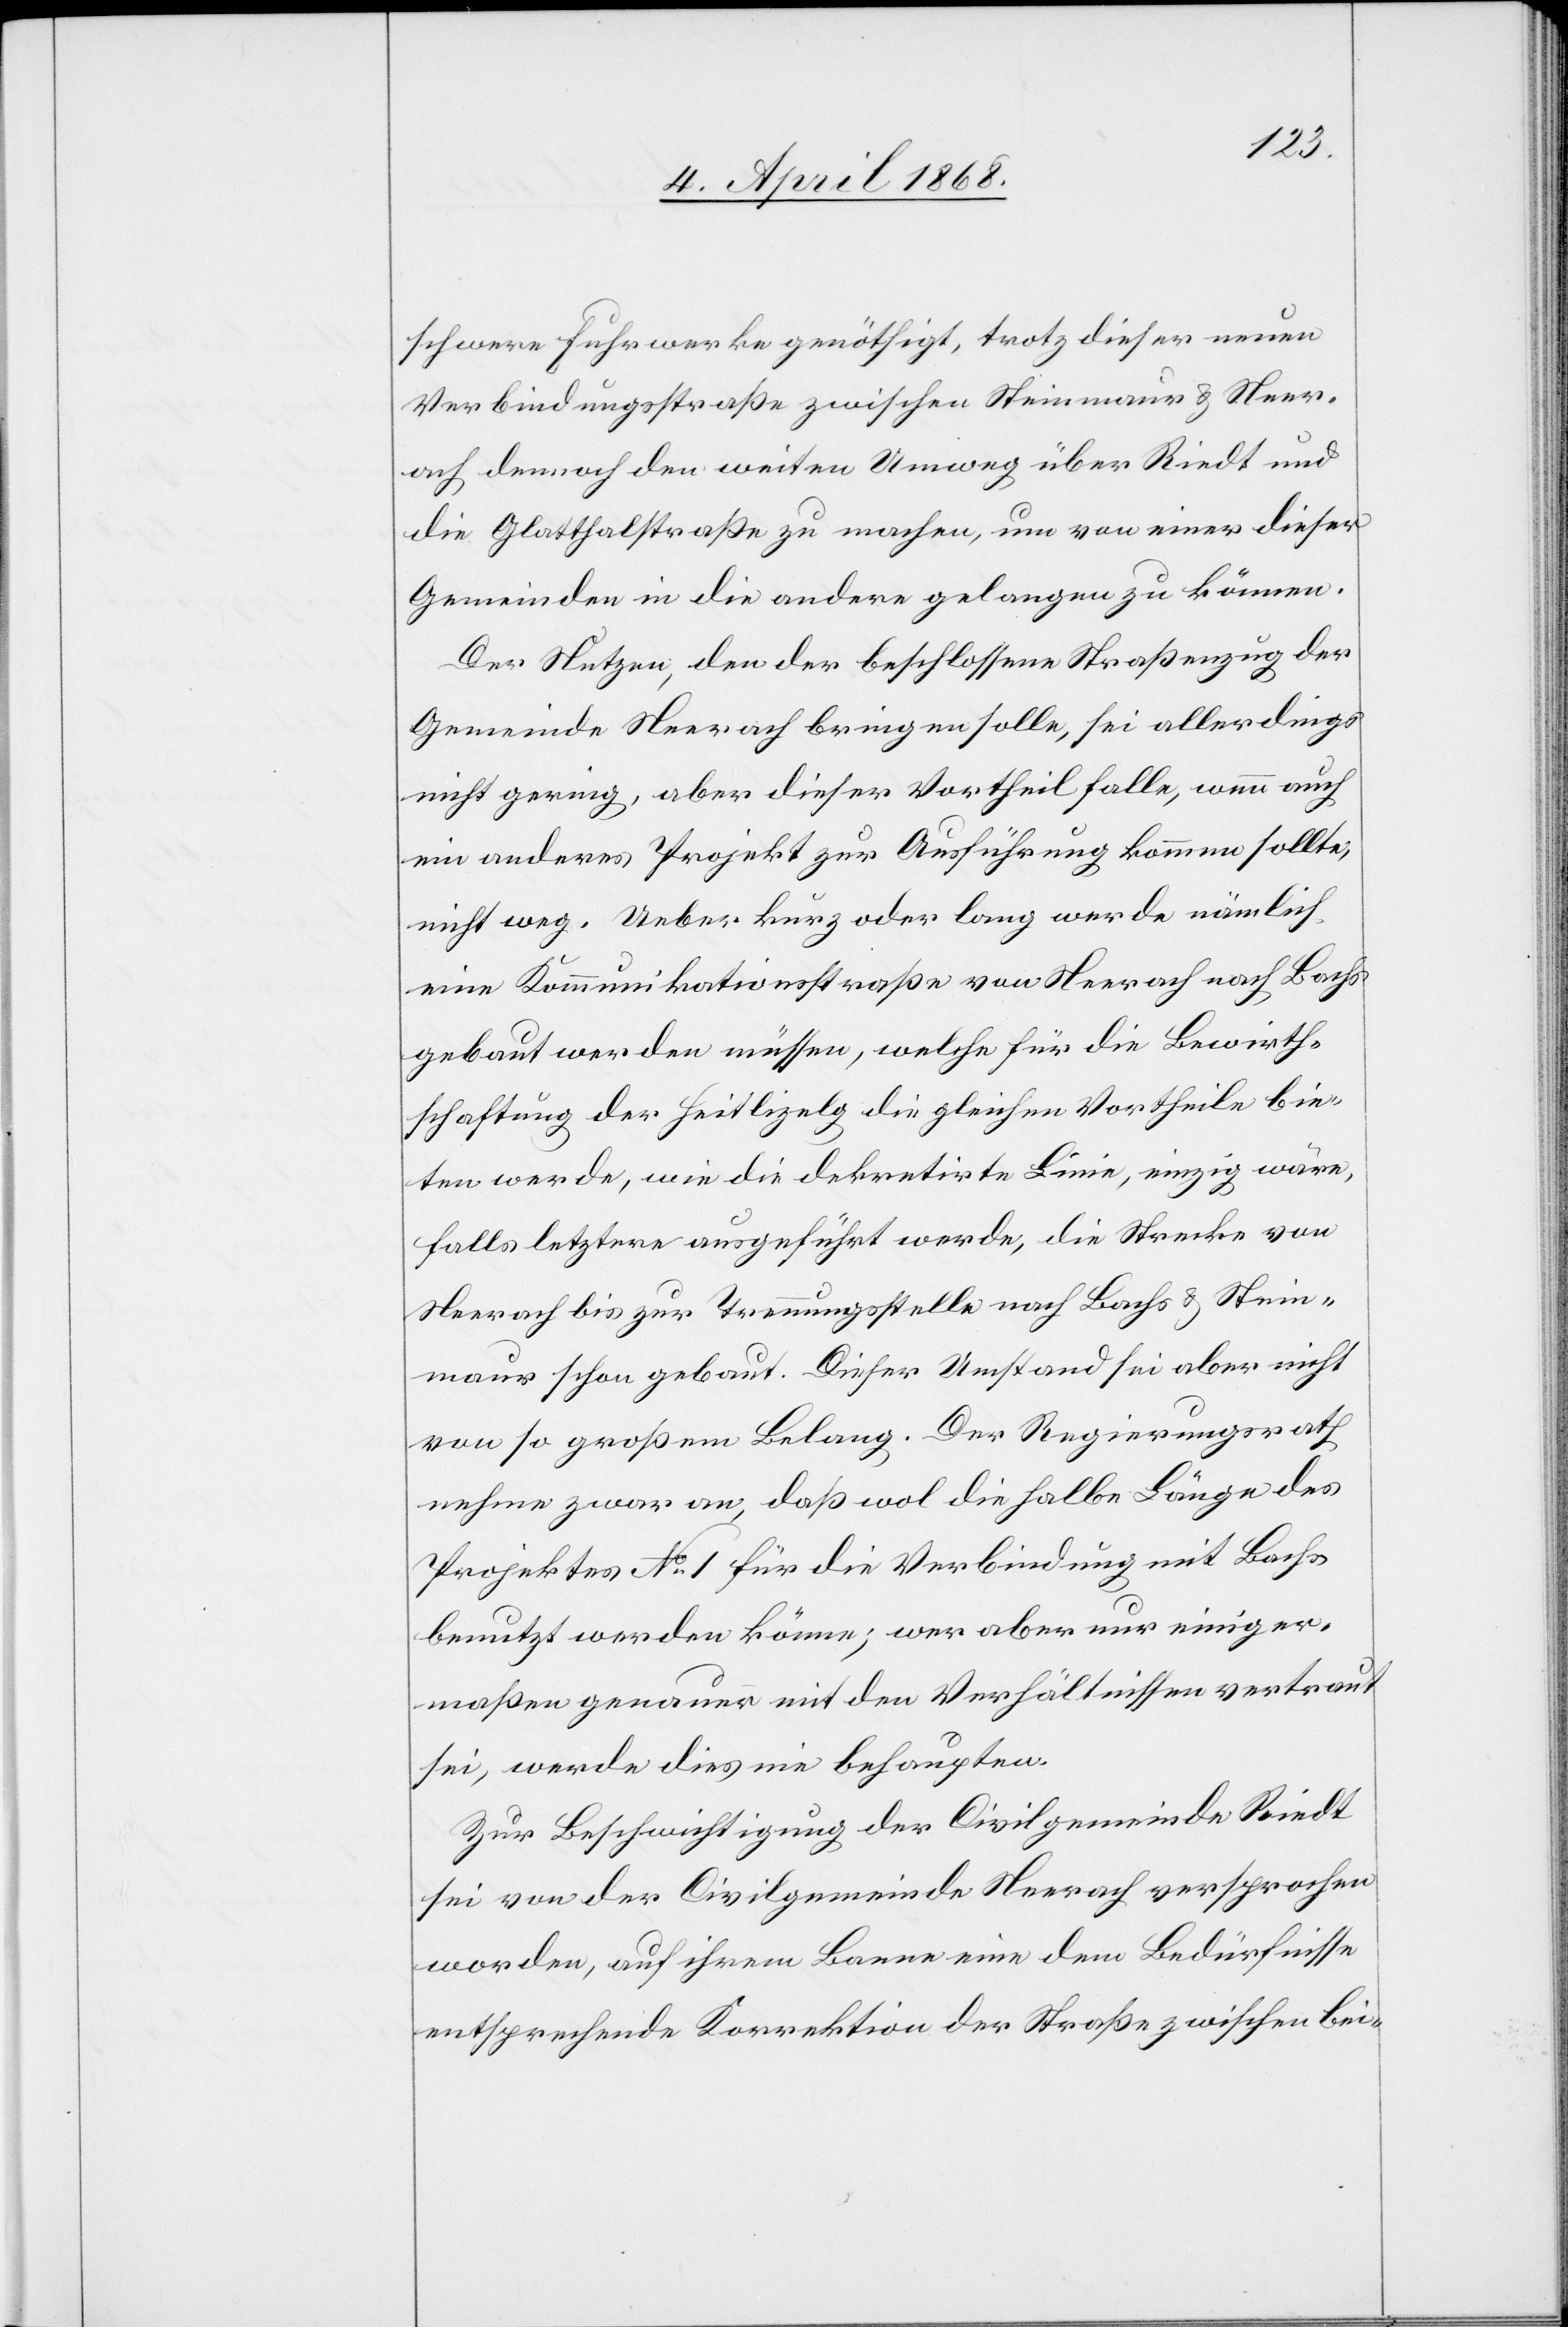
schwere Fuhrwerke genöthigt, trotz dieser neuen
Verbindungsstraße zwischen Steinmaur & Neer¬
ach dennoch den weiten Umweg über Riedt und
die Glatthalstraße zu machen, um von einer dieser
Gemeinden in die andere gelangen zu können.
Der Nutzen, den der beschlossene Straßenzug der
Gemeinde Neerach bringen solle, sei allerdings
nicht gering, aber dieser Vortheil falle, wenn auch
ein anderes Projekt zur Ausführung kommen sollte,
nicht weg. Ueber kurz oder lang werde nämlich
eine Kommunikationsstraße von Neerach nach Bachs
gebaut werden müssen, welche für die Bewirth¬
schaftung der Heitlizelg die gleichen Vortheile bie¬
ten werde, wie die dekretirte Linie, einzig wäre,
falls letztere ausgeführt werde, die Strecke von
Neerach bis zur Trennungsstelle nach Bachs & Stein¬
maur schon gebaut. Dieser Umstand sei aber nicht
von so großem Belang. Der Regierungsrath
nehme zwar an, daß wol die halbe Länge des
Projektes No. 1 für die Verbindung mit Bachs
benutzt werden könne; wer aber nur einiger¬
maßen genauer mit den Verhältnissen vertraut
sei, werde dies nie behaupten.
Zur Beschwichtigung der Civilgemeinde Riedt
sei von der Civilgemeinde Neerach versprochen
worden, auf ihrem Banne eine dem Bedürfnisse
entsprechende Korrektion der Straße zwischen bei-